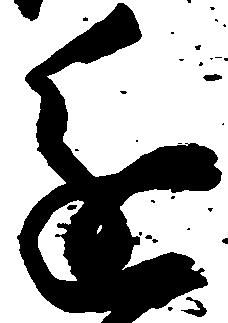
進